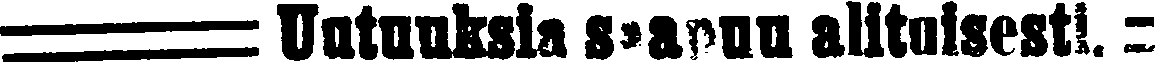
Uutuuksia saapuu alituisesti.